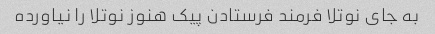
به جای نوتلا فرمند فرستادن پیک هنوز نوتلا را نیاورده